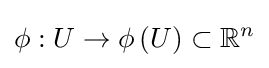
\phi :U\rightarrow \phi \left(U\right)\subset \mathbb {R} ^{n}